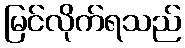
မြင်လိုက်ရသည်